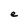
Character: e